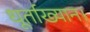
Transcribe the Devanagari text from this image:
धूर्ताख्यान।